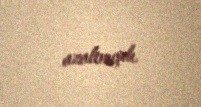
azaltmışdı.